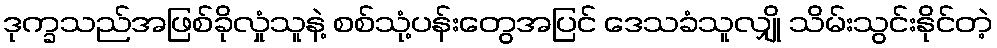
ဒုက္ခသည်အဖြစ်ခိုလှုံသူနဲ့ စစ်သုံ့ပန်းတွေအပြင် ဒေသခံသူလျှို သိမ်းသွင်းနိုင်တဲ့